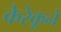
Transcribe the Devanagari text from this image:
केरेकूने